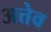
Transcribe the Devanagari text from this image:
अत्तेव